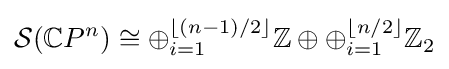
{\mathcal {S}}(\mathbb {C} P^{n})\cong \oplus _{i=1}^{\lfloor (n-1)/2\rfloor }\mathbb {Z} \oplus \oplus _{i=1}^{\lfloor n/2\rfloor }\mathbb {Z} _{2}